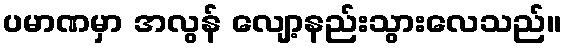
ပမာဏမှာ အလွန် လျော့နည်းသွားလေသည်။